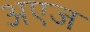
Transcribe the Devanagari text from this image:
अएज